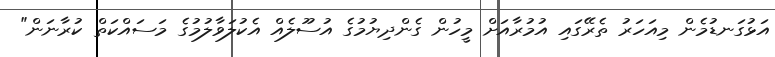
އަޅުގަނޑުމެން މިއަހަރު ތެރޭގައި އުމުރާއަށް މީހުން ގެންދިޔުމުގެ އުސޫލެއް އެކުލަވާލުމުގެ މަސައްކަތް ކުރާނަން"